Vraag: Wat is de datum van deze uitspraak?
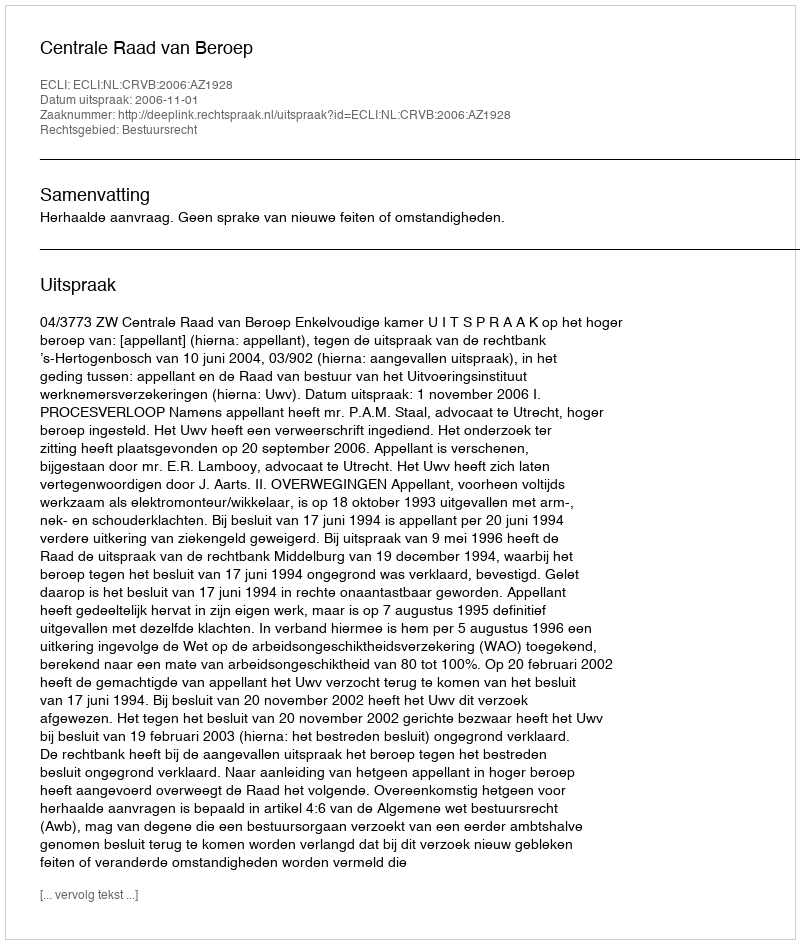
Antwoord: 2006-11-01